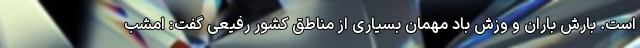
است. بارش باران و وزش باد مهمان بسیاری از مناطق کشور رفیعی گفت: امشب